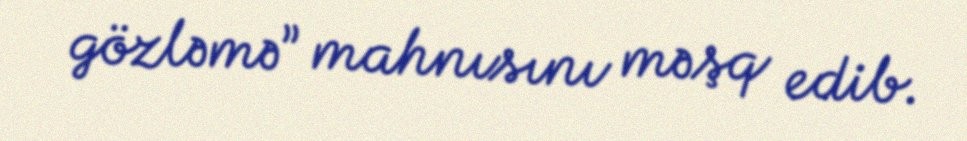
gözləmə” mahnısını məşq edib.